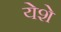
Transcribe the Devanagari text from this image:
येशे